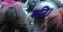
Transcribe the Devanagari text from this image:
बनि।